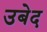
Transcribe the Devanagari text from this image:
उबेद